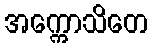
အက္ကောသိတေ